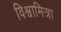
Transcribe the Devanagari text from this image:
विश्वामित्रा